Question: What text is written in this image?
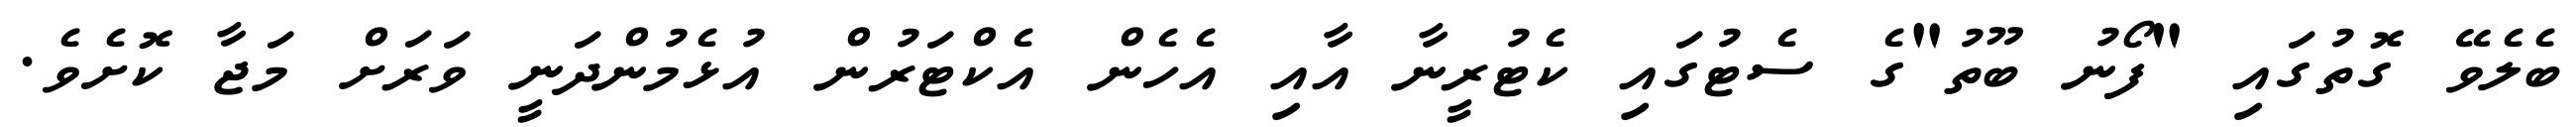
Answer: ބެލެވޭ ގޮތުގައި "ފޯނު ބޫތު"ގެ ސެޓުގައި ކެޓުރީނާ އާއި އެހެން އެކްޓަރުން އުޅެމުންދަނީ ވަރަށް މަޖާ ކޮށެވެ.